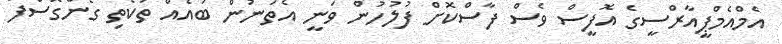
އެމްއެމްޕީއާރްސީގެ އޮފީސް ވެސް ފާސްކޮށް ފުލުހުން ވަނީ އެތަނުން ބައެއް ތަކެތި ގެންގޮސްފަ